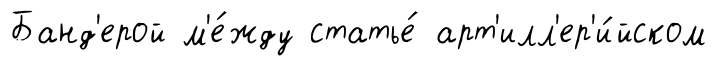
Банд'ерой м'е́жду статье́ арт'илл'ер'и́йском